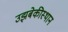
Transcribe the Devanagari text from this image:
उझबेकीस्थान